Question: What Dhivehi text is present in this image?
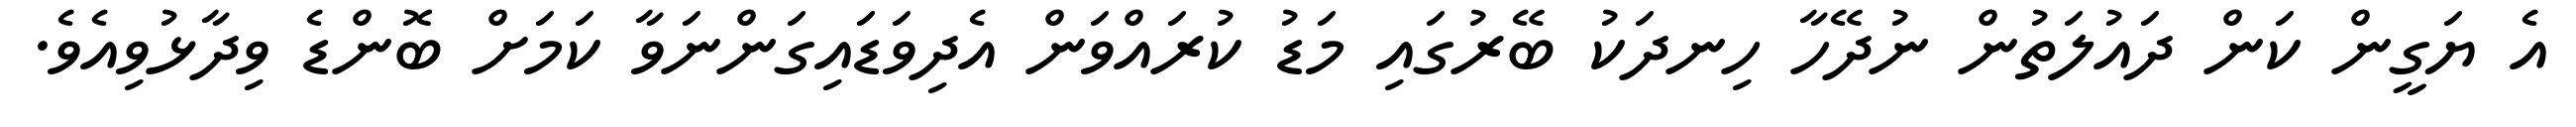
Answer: އެ ޔަގީން ކަން ދައުލަތުން ނުދޭހާ ހިނދަކު ބޭރުގައި މަޑު ކުރައްވަން އެދިވަޑައިގަންނަވާ ކަމަށް ބޮންޑެ ވިދާޅުވިއެވެ.